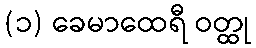
(၁) ခေမာထေရီ ဝတ္ထု